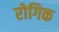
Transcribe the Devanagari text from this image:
रोगिक